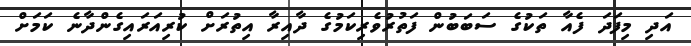
އަދި މިފަދަ ފެއާ ތަކުގެ ސަބަބުން ފަތުރުވެރިކަމުގެ ދާއިރާ އިތުރަށް ކުރިއަރައިގެންދާނެ ކަމަށް